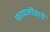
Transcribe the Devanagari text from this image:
फायलींवरचे